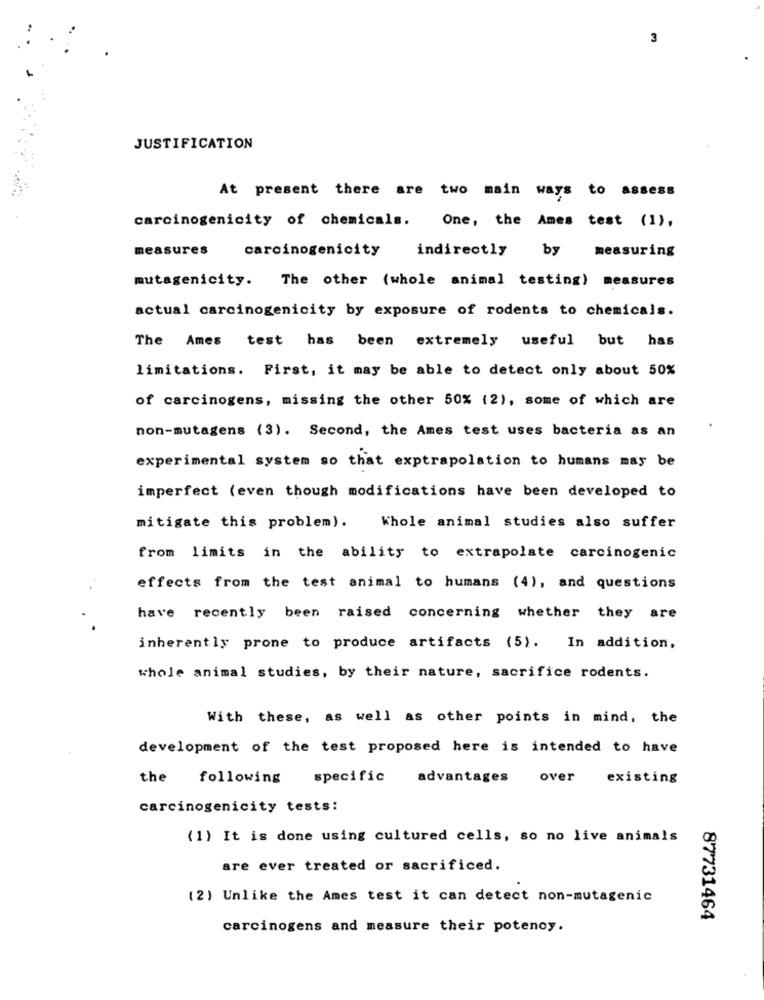
3
JUSTIFICATION
At present there are two main ways to assess
carcinogenicity of chemicals. One, the Ames test (1),
measures
carcinogenicity
indirectly
by measuring
mutagenicity. The other (whole animal testing) measures
actual carcinogenicity by exposure of rodents to chemicals.
The Ames test has been extremely useful but has
limitations. First, it may be able to detect only about 50%
of carcinogens, missing the other 50% (2), some of which are
non-mutagens (3). Second, the Ames test uses bacteria as an
experimental system so that exptrapolation to humans may be
imperfect (even though modifications have been developed to
mitigate this problem).
Whole animal studies also suffer
from limits in the ability to extrapolate carcinogenic
effects from the test animal to humans (4), and questions
have recently been raised concerning whether they are
inherently prone to produce artifacts (5). In addition,
whole animal studies, by their nature, sacrifice rodents.
With these, as well as other points in mind, the
development of the test proposed here is intended to have
the
following
specific
advantages
over
existing
carcinogenicity tests:
(1) It is done using cultured cells, so no live animals
are ever treated or sacrificed.
(2) Unlike the Ames test it can detect non-mutagenic
87731464
carcinogens and measure their potency.